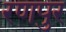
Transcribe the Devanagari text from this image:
रणपुर